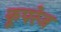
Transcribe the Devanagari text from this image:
कूपरेज